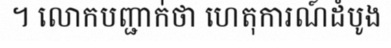
។ លោកបញ្ជាក់ថា ហេតុការណ៍ដំបូង